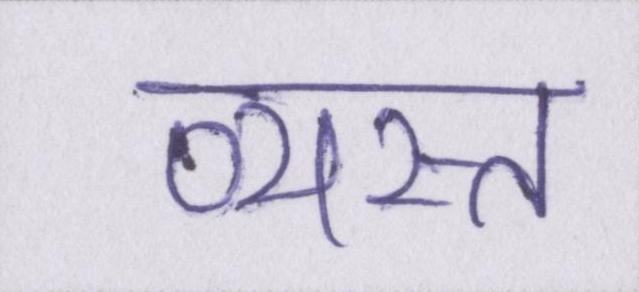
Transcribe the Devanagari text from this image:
व्यस्त